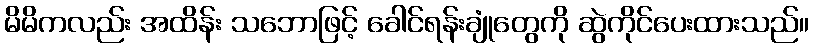
မိမိကလည်း အထိန်း သဘောဖြင့် ခေါင်ရန်းချုံတွေကို ဆွဲကိုင်ပေးထားသည်။